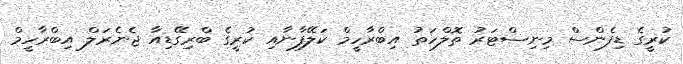
ކުރީގެ ޑިފެންސް މިނިސްޓަރު ތޮލްހަތު އިބްރާހީމް ކަލޭފާނާއި ކުރީގެ ބްރިގޭޑިއާ ޖެނެރަލް އިބްރާހީމް